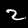
Digit: 2